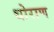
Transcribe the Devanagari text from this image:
थोराण